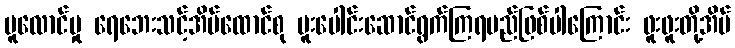
ပူလောင်မှု ရေဘေးသင့်အိမ်ထောင်စု ပူးပေါင်းဆောင်ရွက်ကြရမည်ဖြစ်ပါကြောင်း ဖူးဖူးတို့အိမ်